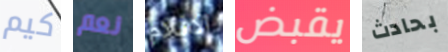
كيم نعم الافلام يقبض بحادث